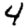
Digit: 4